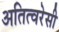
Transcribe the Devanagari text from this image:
अतित्वरेसी